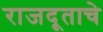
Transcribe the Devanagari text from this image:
राजदूताचे